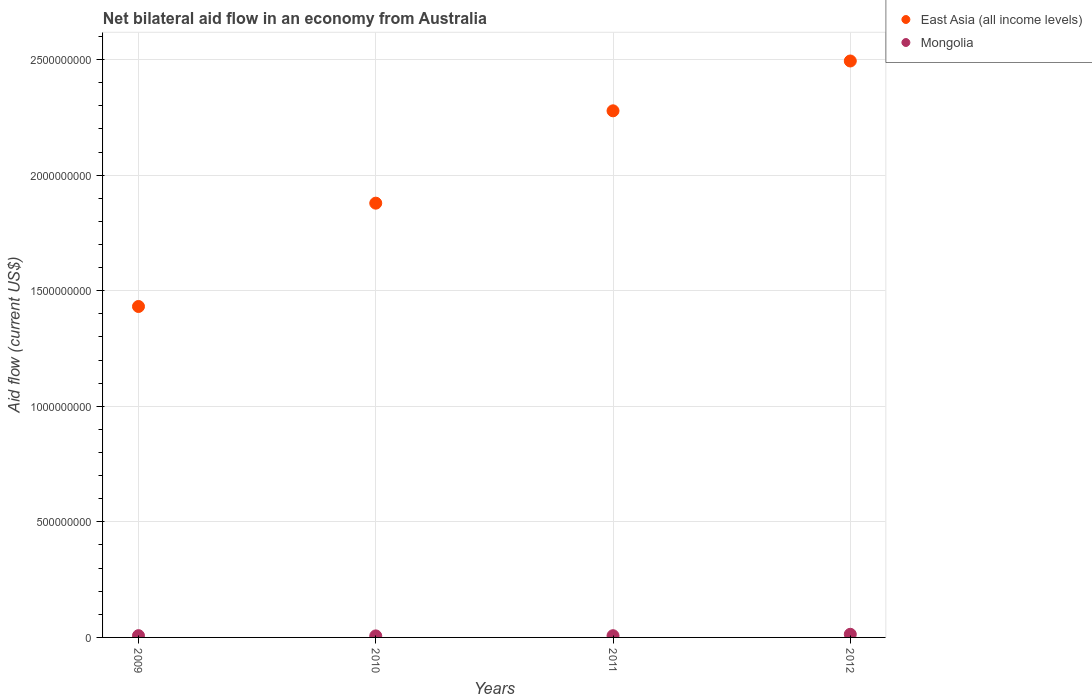
| Years | East Asia (all income levels) | Mongolia |
 | --- | --- | --- |
 | 2009 | 1.43e+09 | 7.65e+06 |
 | 2010 | 1.88e+09 | 6.64e+06 |
 | 2011 | 2.28e+09 | 7.42e+06 |
 | 2012 | 2.49e+09 | 1.35e+07 |